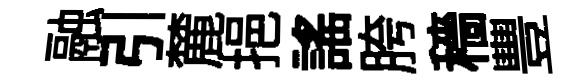
融引麓挹謡胯穡豐